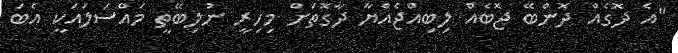
"އެ ދޮގެއް ދޮންބޭ ޖޮބެއް ލިބިއްޖެއްޔާ ދާގޮތަށް މިހިރީ ނުލިބޭތީ މައްސަލައަކީ އެބަ